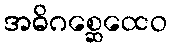
အဓိဂစ္ဆေထေဝ